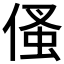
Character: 𠋺